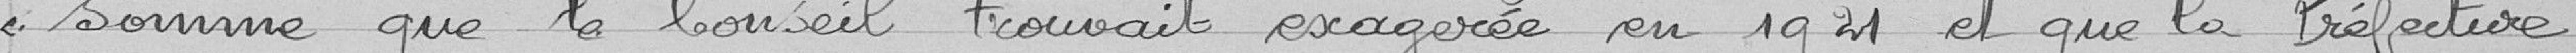
somme que le Conseil trouvait exagérée en 1921 et que la Préfecture